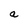
Character: a